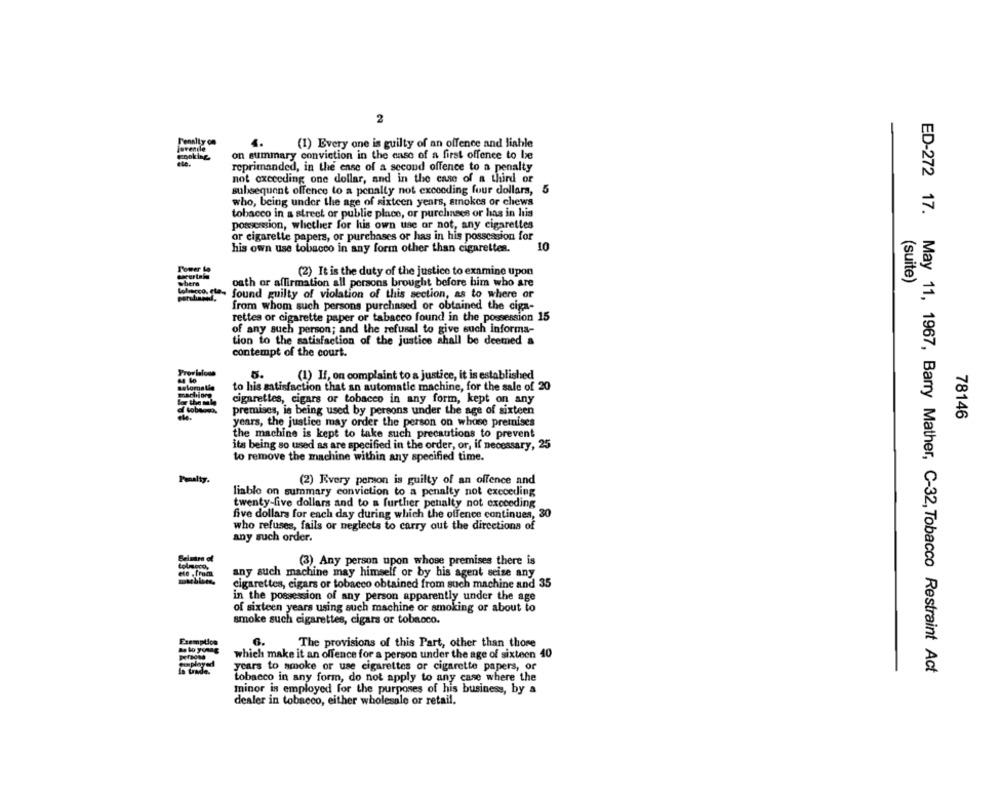
2
5.
(1) Every one is guilty of an offence and liable
on summary conviction in the case of a first offence to be
reprimanded, in the ense of a second offence to a penalty
not exceeding one dollar, and in the case of a third or
subsequent offence to a penalty not exceeding four dollars,
5
who, being under the age of sixteen years, smokes or chews
tobacco in a street or public place, or purchases or has in his
possession, whether for his own use or not, any cigarettes
or cigarette papers, or purchases or has in his possession for
his own use tobacco in any form other than cigarettes.
10
Power
(2) It is the duty of the justice to examine upon
(suite)
oath or affirmation all persons brought before him who are
Lolecco, eta-
found guilty of violation of this section, as to where or
from whom such persons purchased or obtained the ciga-
rettes or cigarette paper or tabacco found in the possession 15
of any such person; and the refusal to give such informa-
tion to the satisfaction of the justice shall be deemed a
contempt of the court.
Provisions
5.
(1) If, on complaint to a justice, it is established
to his satisfaction that an automatic machine, for the sale of 20
cigarettes, cigars or tobacco in any form, kept on any
premises, is being used by persons under the age of sixteen
78146
years, the justice may order the person on whose premises
the machine is kept to take such precautions to prevent
its being so used as are specified in the order, or, if necessary, 25
to remove the machine within any specified time.
Penalty.
(2) Every person is guilty of an offence and
liable on summary conviction to a penalty not execeding
twenty-five dollars and to a further penalty not exceeding
five dollars for each day during which the offence continues, 30
who refuses, fails or neglects to carry out the directions of
any such order.
(3) Any person upon whose premises there is
any such machine may himself or by his agent seize any
cigarettes, cigars or tobacco obtained from such machine and 35
in the possession of any person apparently under the age
of sixteen years using such machine or smoking or about to
smoke such cigarettes, cigars or tobacco.
Exemption
6.
The provisions of this Part, other than those
which make it an offence for a person under the age of sixteen 40
years to smoke or use cigarettes or cigarette papers, or
ED-272 17. May 11, 1967, Barry Mather, C-32, Tobacco Restraint Act
tobacco in any form, do not apply to any case where the
minor is employed for the purposes of his business, by a
dealer in tobacco, either wholesale or retail.